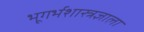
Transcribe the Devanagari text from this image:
भूगर्भशास्त्रज्ञाला